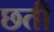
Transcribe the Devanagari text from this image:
छती